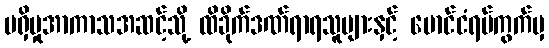
မရှိမှုအာကာသအဆင့်သို့ ထိခိုက်ဒဏ်ရာရသူများနှင့် မောင်ငံရပ်ကွက်မှ